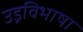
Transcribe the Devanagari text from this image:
उड्रविभाषा